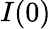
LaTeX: I(0)